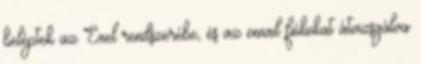
beléptek az Exel rendszerébe, és az email fiókokat átvizsgálva